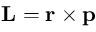
\mathbf { L } = \mathbf { r } \times \mathbf { p }